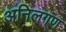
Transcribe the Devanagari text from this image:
अनिलगण